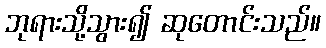
ဘုရားသို့သွား၍ ဆုတောင်းသည်။